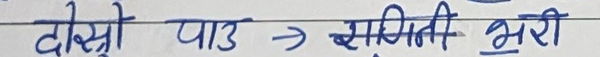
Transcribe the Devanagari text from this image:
दोस्रो पार्ट → सुस्ती भरी